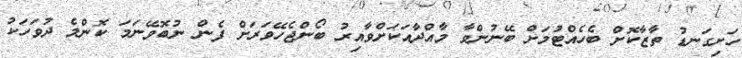
ހަށިގަނޑު ތާޒާކޮށް ބެހެއްޓުމަށް ބޭނުންވާ މާއްދާއަކަށްވާއިރު ބޯންޖެހޭވަރަށް ފެން ނުބޮވޭނަމަ ކޮންމެ ދުވަހަކު